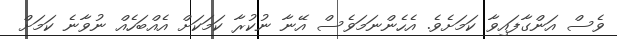
ވެސް އަންގާފައިވާ ކަމަށެވެ. އެހެންނަމަވެސް އޭނާ ނުކުރާ ކަމަކަށް އެއްބަހެއް ނުވާނެ ކަމަށް